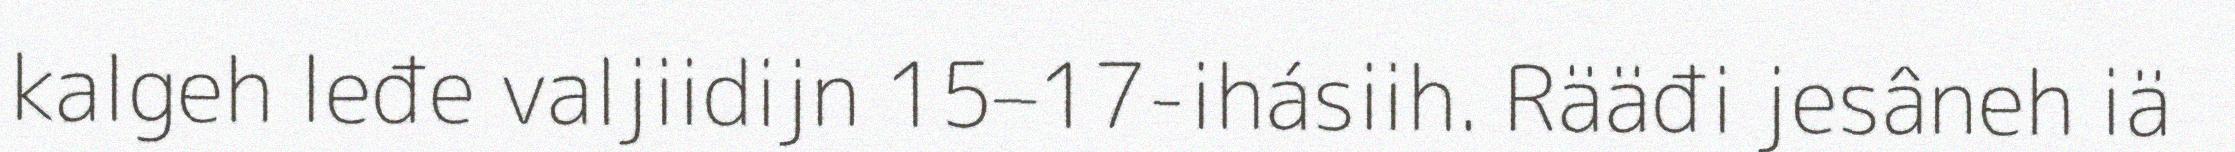
kalgeh leđe valjiidijn 15–17-ihásiih. Rääđi jesâneh iä